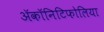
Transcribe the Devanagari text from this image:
ॲकॉनिटिफोलिया